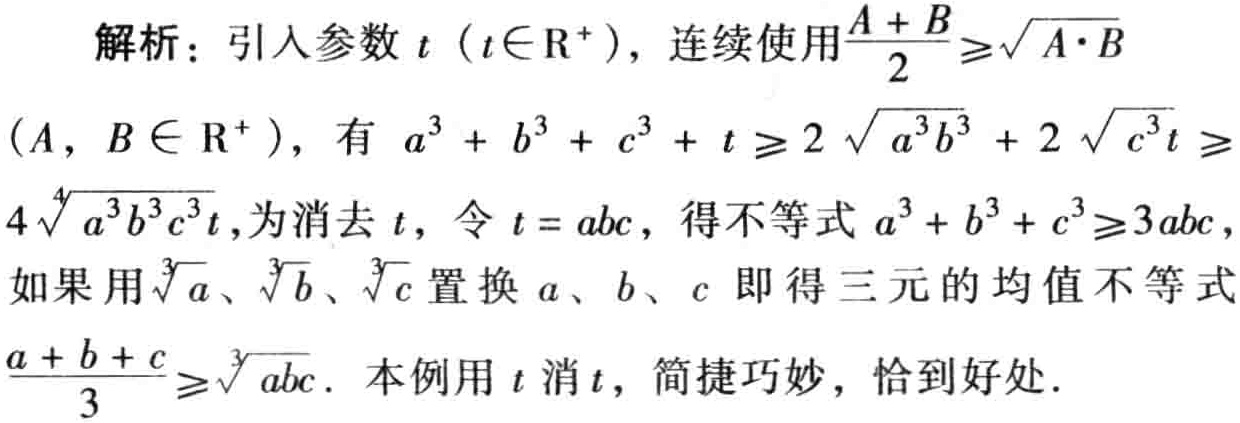
解析：引入参数\(t\)（\(t\in \mathbb{R}^{+}\)），连续使用\(\frac{A + B}{2}\geq\sqrt{A\cdot B}\)（\(A\)，\(B\in \mathbb{R}^{+}\)），有 \(a^{3}+b^{3}+c^{3}+t\geq2\sqrt{a^{3}b^{3}} + 2\sqrt{c^{3}t}\geq4\sqrt[4]{a^{3}b^{3}c^{3}t}\)，为消去\(t\)，令\(t = abc\)，得不等式\(a^{3}+b^{3}+c^{3}\geq3abc\)，如果用\(\sqrt[3]{a}\)、\(\sqrt[3]{b}\)、\(\sqrt[3]{c}\)置换\(a\)、\(b\)、\(c\)即得三元的均值不等式\(\frac{a + b + c}{3}\geq\sqrt[3]{abc}\)．本例用\(t\)消\(t\)，简捷巧妙，恰到好处．